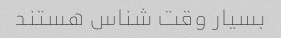
بسیار وقت شناس هستند